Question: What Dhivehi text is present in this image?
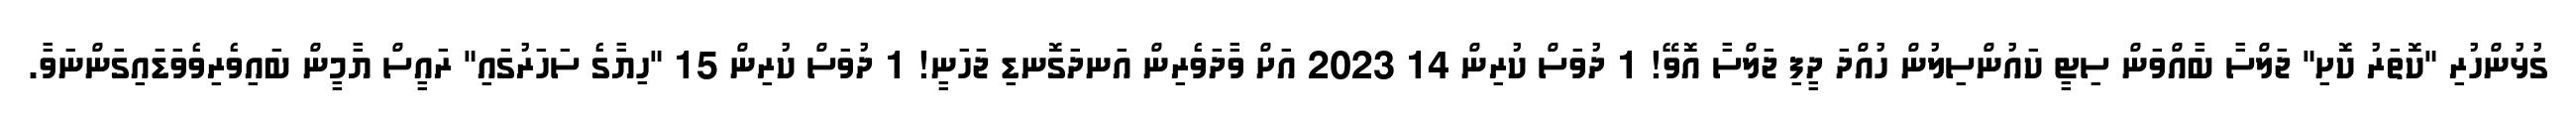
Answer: ގުޅުންހުރި "ކޮތަރު ކޮށި" ޖަލްސާ ބާއްވަން ސިޓީ ކައުންސިލުން ހުއްދަ ދީފި ޖަލްސާ އޮވޭ! 1 ދުވަސް ކުރިން 14 2023 އަށް ވާދަވެރިން އަނދަގޮނޑި ޖަހަނީ! 1 ދުވަސް ކުރިން 15 "ހިޔާގެ ސަހަރުގައި" ރައީސް ޔާމީން ބައިވެރިވެވަޑައިގަންނަވާ.